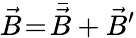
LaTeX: \vec{B}\! =\! \bar{\vec{B}}+\vec{B}^{\prime}